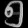
Digit: ၅